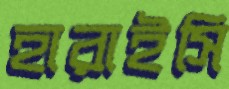
হারাইসি